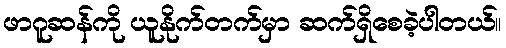
ဖာဂူဆန်ကို ယူနိုက်တက်မှာ ဆက်ရှိစေခဲ့ပါတယ်။